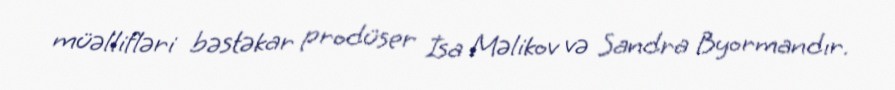
müəllifləri bəstəkar prodüser İsa Məlikov və Sandra Byormandır.